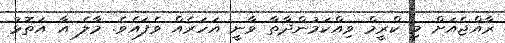
ރާއްޖެއަށް މި ކްރީމް ވިއްކަމުންދާތާ ވާނީ އަހަރެއް ވެފައެވެ. މާލެ އާ އަތޮޅު